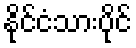
နိုင်ငံသားပိုင်